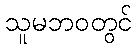
သူမဘဝတွင်